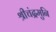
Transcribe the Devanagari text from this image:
श्रीचंद्रमुनि